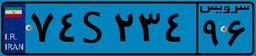
۷۴S۲۳۴۹۶